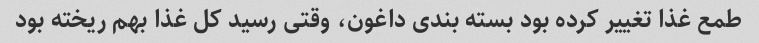
طمع غذا تغییر کرده بود بسته بندی داغون، وقتی رسید کل غذا بهم ریخته بود